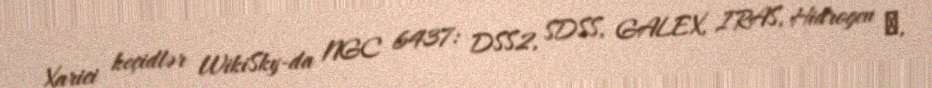
Xarici keçidlər WikiSky-da NGC 6437: DSS2, SDSS, GALEX, IRAS, Hidrogen α,